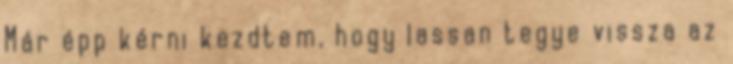
Már épp kérni kezdtem, hogy lassan tegye vissza az